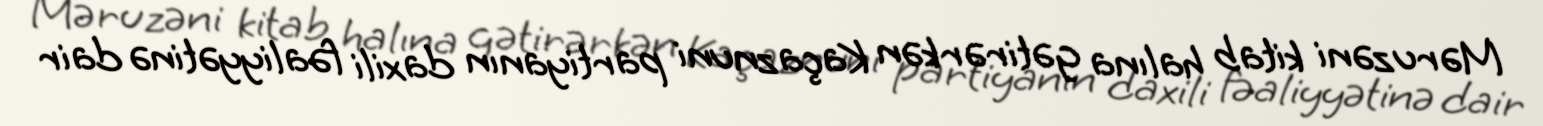
Məruzəni kitab halına gətirərkən Kaçaznuni partiyanın daxili fəaliyyətinə dair